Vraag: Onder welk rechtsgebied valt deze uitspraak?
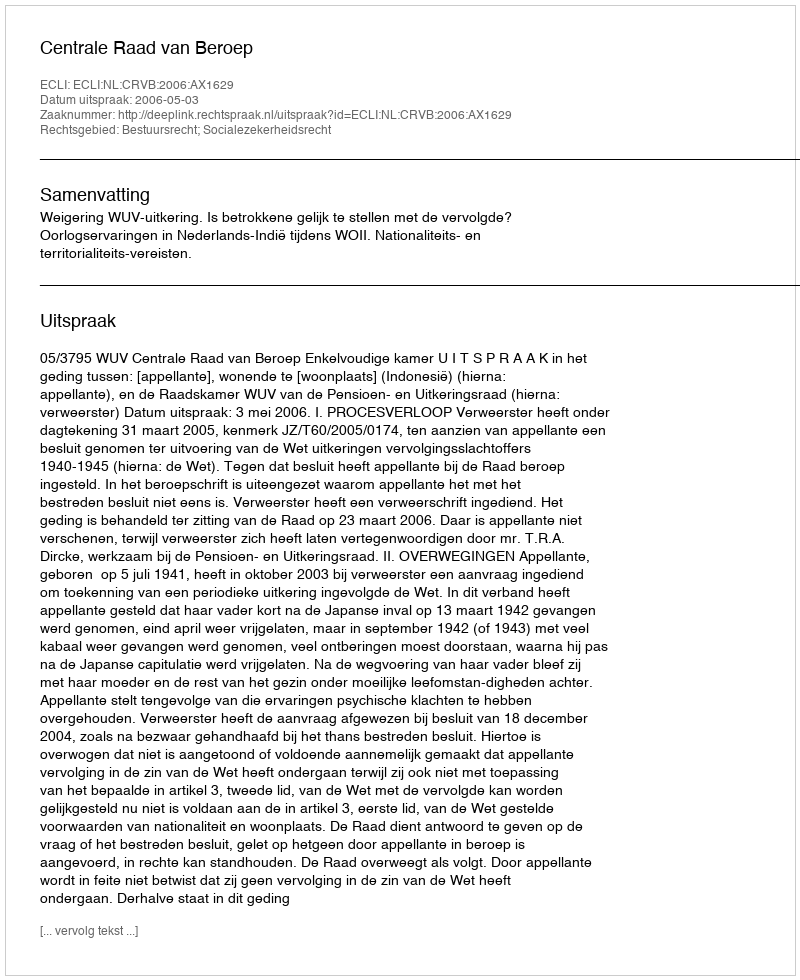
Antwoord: Bestuursrecht; Socialezekerheidsrecht